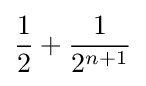
{\frac {1}{2}}+{\frac {1}{2^{n+1}}}